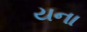
યના